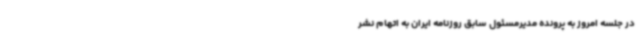
در جلسه امروز به پرونده مدیرمسئول سابق روزنامه ایران به اتهام نشر